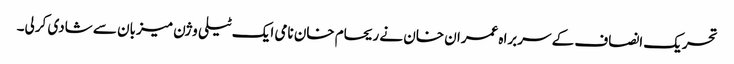
تحریک انصاف کے سربراہ عمران خان نے ریحام خان نامی ایک ٹیلی وژن میزبان سے شادی کرلی۔